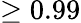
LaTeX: \geq 0.99